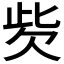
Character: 𣢙